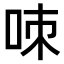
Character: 𠲋